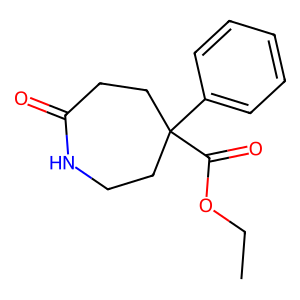
SMILES: CCOC(=O)C1(c2ccccc2)CCNC(=O)CC1
Inhibits HIV replication: No